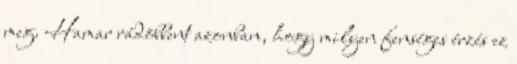
meg. Hamar rádöbbent azonban, hogy milyen fenséges érzés ez